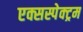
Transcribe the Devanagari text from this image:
एक्सस्पेक्ट्रम